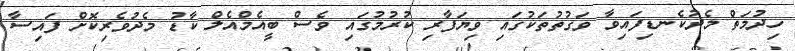
ހިދުމަތް މެދުކެނޑިފައިވާ ވަގުތުތަކުގައި ވިޔަފާރި ކުރުމުގައި ވެސް ބީއެމްއެލް ކާޑު މެދުވެރިކޮށް ފައިސާ